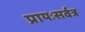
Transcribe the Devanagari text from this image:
प्रायःसर्वत्र